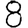
Digit: 8